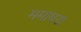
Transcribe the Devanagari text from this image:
ममापरा